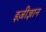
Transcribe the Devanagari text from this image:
इज़ीज्ञान